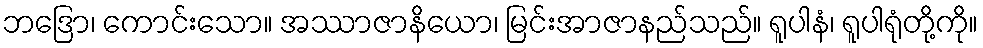
ဘဒြော၊ ကောင်းသော။ အဿာဇာနိယော၊ မြင်းအာဇာနည်သည်။ ရူပါနံ၊ ရူပါရုံတို့ကို။